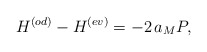
\begin{align*} H^{(od)}-H^{(ev)}=-2\,a_M P,\end{align*}